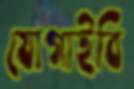
যোগাইবি